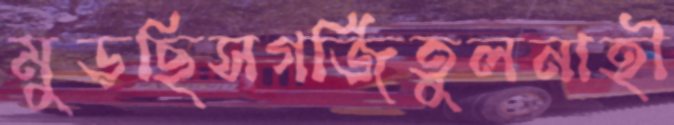
মুড়ছিসগর্জিতুলনাহী